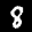
Digit: 8